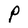
Character: P